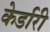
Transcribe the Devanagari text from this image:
केर्डारी